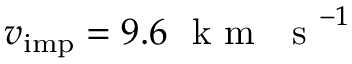
v _ { \mathrm { i m p } } = 9 . 6 ~ \mathrm { ~ k ~ m ~ ~ ~ s ~ } ^ { - 1 }